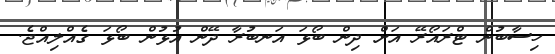
ހިސާބުން ޓްރައޯރޭ އަށް ދިން ބޯޅަ އަނބުރާ ދޭން އުޅުން ބޯޅަ ގެއްލިއްޖެ.